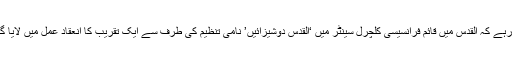
خیال رہے کہ القدس میں قائم فرانسیسی کلچرل سینٹر میں ‘القدس دوشیزائیں’ نامی تنظیم کی طرف سے ایک تقریب کا انعقاد عمل میں لایا گیا تھا۔